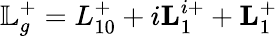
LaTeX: \mathbb{L}_{g}^{+}=L_{10}^{+}+i\textbf{L}_{1}^{i+}+\textbf{L}_{1}^{+}